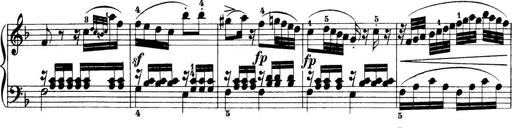
Title: 32 Sonatinas and Rondos for the Piano
Composer: Richard Kleinmichel